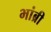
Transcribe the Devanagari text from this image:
भांब्री